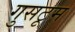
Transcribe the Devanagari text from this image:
गुसटूम